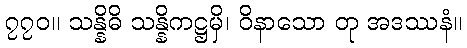
၇၇၀။ သန္နိဓိ သန္နိကဋ္ဌမှိ၊ ဝိနာသော တု အဒဿနံ။